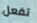
تفعل